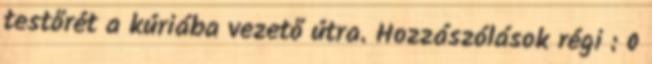
testőrét a kúriába vezető útra. Hozzászólások régi : 0